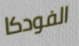
الفودكا